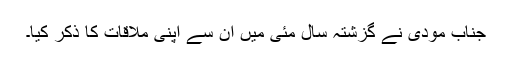
جناب مودی نے گزشتہ سال مئی میں ان سے اپنی ملاقات کا ذکر کیا۔